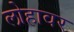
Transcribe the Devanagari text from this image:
लोहावर